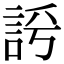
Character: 𧦻